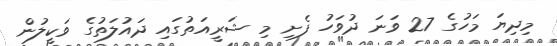
މިދިޔަ މަހުގެ 27 ވަނަ ދުވަހު ފެށި މި ޝަރީއަތުގައި ދައުލަތުގެ ވަކީލުން